Vaccination United Provinces of Agra and Oudh 1923-1928 - 1923-1928
Year: 1923
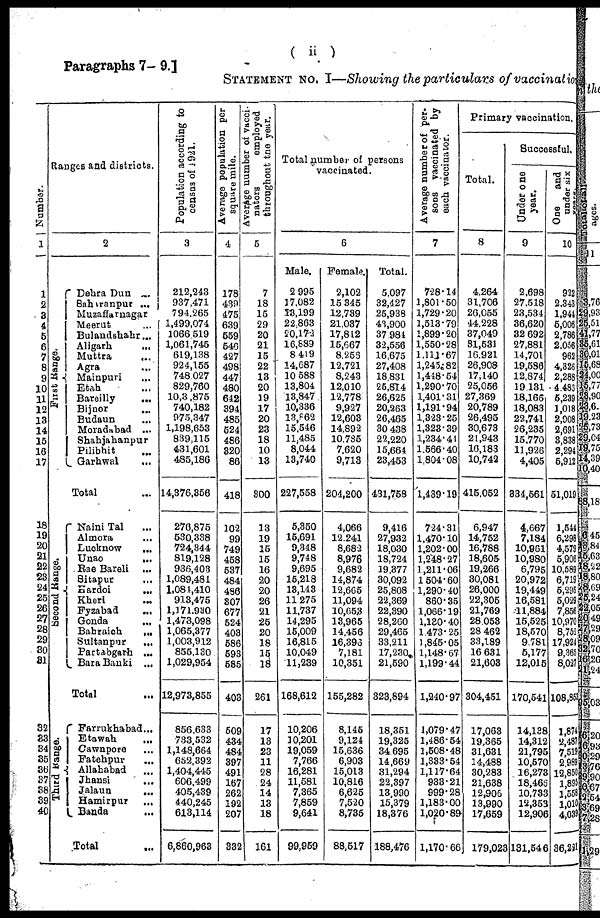
( ii )
Paragraphs 7—9.]
STATEMENT NO. I—Showing the particulars of vaccination
Number.
1
1
2
3
4
5
6
7
8
9
10
11
12
13
14
15
16
17
18
19
20
21
22
23
24
25
26
27
28
29
30
31
32
33
34
35
36
37
38
39
40
Ranges and districts.
2
First Range.
Second Range.
Third Range.
Dehra Dun ...
Saharanpur ...
Muzaffarnagar
Meerut ...
Bulandshahr ...
Aligarh ...
Muttra ...
Agra ...
Mainpuri ...
Etah ...
Bareilly ...
Bijnor ...
Budaun ...
Moradabad
...
Shahjahanpur
Pilibhit ...
Garhwal ...
Total ...
Naini Tal ...
Almora ...
Lucknow
...
Unao
...
Rae Bareli ...
Sitapur ...
Hardoi ...
Kheri ...
Fyzabad ...
Gonda ...
Bahraich
...
Sultanpur ...
Partabgarh ...
Bara Banki
...
Total ...
Farrukhabad...
Etawah ...
Cawnpore ...
Fatehpur ...
Allahabad ...
Jhansi ...
Jalaun ...
Hamirpur ...
Banda ...
Total ...
Population according to
census of 1921.
3
212,243
937,471
794,265
1,499,074
1,066,519
1,061,745
619,138
924,155
748,027
829,760
10,3,875
740,182
975,347
1,198,653
839,115
431,601
485,186
14,376,356
276,875
530,338
724,344
819,128
936,403
1,089,481
1,081,410
913,475
1,171,930
1,473,098
1,065,377
1,003,912
855,130
1,029,954
12,973,855
856,633
733,532
1,148,664
652,392
1,404,445
606,499
405,439
440,245
613,114
6,860,963
Average population per
square mile.
4
178
439
475
639
559
546
427
498
447
480
642
394
485
524
486
320
86
418
102
99
749
458
537
484
486
307
677
524
403
586
593
585
403
509
434
484
397
491
167
262
192
207
332
Average number of vacci¬
nators
employed
throughout the year.
5
7
18
15
29
20
21
15
22
13
20
19
17
20
23
18
10
13
300
13
19
15
15
16
20
20
26
21
25
20
18
15
18
261
17
13
23
11
28
24
14
13
18
161
Total number of persons
vaccinated.
6
Male.
2,995
17,082
13,199
22,863
20,172
16,889
8,419
14,087
10,588
13,804
13,847
10,336
13,862
15,546
11,485
8,044
13,740
227,558
5,340
15,691
9,348
9,748
9,695
15,218
13,143
11,275
11,737
14,295
15,009
16,815
10,049
11,239
168,612
10,206
10,201
19,059
7,766
16,281
11,581
7,365
7,859
9,641
99,959
Female.
2,102
15,345
12,739
21,037
17,812
15,667
8,256
12,721
8,243
12,010
12,778
9,927
12,603
14,892
10,785
7,620
9,713
204,200
4,066
12,241
8,682
8,976
9,682
14,874
12,665
11,094
10,653
13,965
14,456
16,396
7,181
10,351
155,282
8,145
9,124
15,636
6,903
15,013
10,816
6,625
7,520
8,735
88,517
Total.
5,097
32,427
25,938
43,900
37,984
32,556
16,675
27,408
18,831
25,814
26,625
20,263
26,465
30,438
22,220
15,664
23,453
431,758
9,416
27,932
18,030
18,724
19,377
30,092
25,808
22,369
22,390
28,260
29,465
33,211
17,230
21,590
323,894
18,351
19,325
34,695
14,669
31,294
22,397
13,990
15,379
18,376
188,476
Average number of per¬
sons vaccinated by
each vaccinator.
7
728.14
1,801.50
1,729.20
1,513.79
1,899.20
1,550.28
1,111.67
1,245.82
1,418.54
1,290.70
1,401.31
1,191.94
1,323.25
1,323.39
1,234.41
1,566.40
1,804.08
1,439.19
724.31
1,470.10
1,202.00
1,248.27
1,211.06
1,504.60
1,290.40
860.35
1,066.19
1,130.40
1,473.25
1,845.05
1,148.67
1,199.44
1,240.97
1,079.47
1,486.54
1,508.48
1,333.54
1,117.64
938.21
999.28
1,183.00
1,020.89
1,170.66
Primary vaccination.
Total.
8
4,264
31,706
26,055
44,228
37,049
31,531
16,921
26,908
17,140
25,056
27,369
20,789
26,495
30,673
21,943
16,183
10,742
415,052
6,947
14,752
16,788
18,605
19,266
30,081
26,000
22,305
21,769
28,058
28,462
33,189
16,631
21,603
304,451
17,063
19,365
31,631
14,488
30,283
21,638
12,906
13,990
17,659
179,023
Successful.
Under one
year.
9
2,698
27,518
23,534
36,620
32,692
27,881
14,701
19,586
12,874
19,131
18,166
18,083
22,741
26,235
15,770
11,926
4,405
334,561
4,667
7,184
10,961
10,980
6,795
20,972
19,449
16,581
11,884
15,525
18,570
9,781
5,177
12,015
170,541
14,138
14,312
21,795
10,570
16,273
18,466
10,733
12,353
12,906
131,546
One
and
under six years.
10
922
2,343
1,944
5,006
2,786
2,056
962
4,326
2,288
4,486
5,239
1,018
2,908
2,691
3,838
2,294
5,912
51,019
1,544
6,298
4,579
5,906
10,589
6,719
5,295
5,029
7,856
10,970
8,752
17,924
9,365
8,027
108,853
1,874
2,487
7,519
2,989
12,850
1,895
1,558
1,010
4,039
36,221